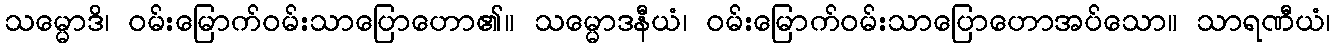
သမ္မောဒိ၊ ဝမ်းမြောက်ဝမ်းသာပြောဟော၏။ သမ္မောဒနီယံ၊ ဝမ်းမြောက်ဝမ်းသာပြောဟောအပ်သော။ သာရဏီယံ၊